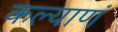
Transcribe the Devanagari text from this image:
कल्याणं